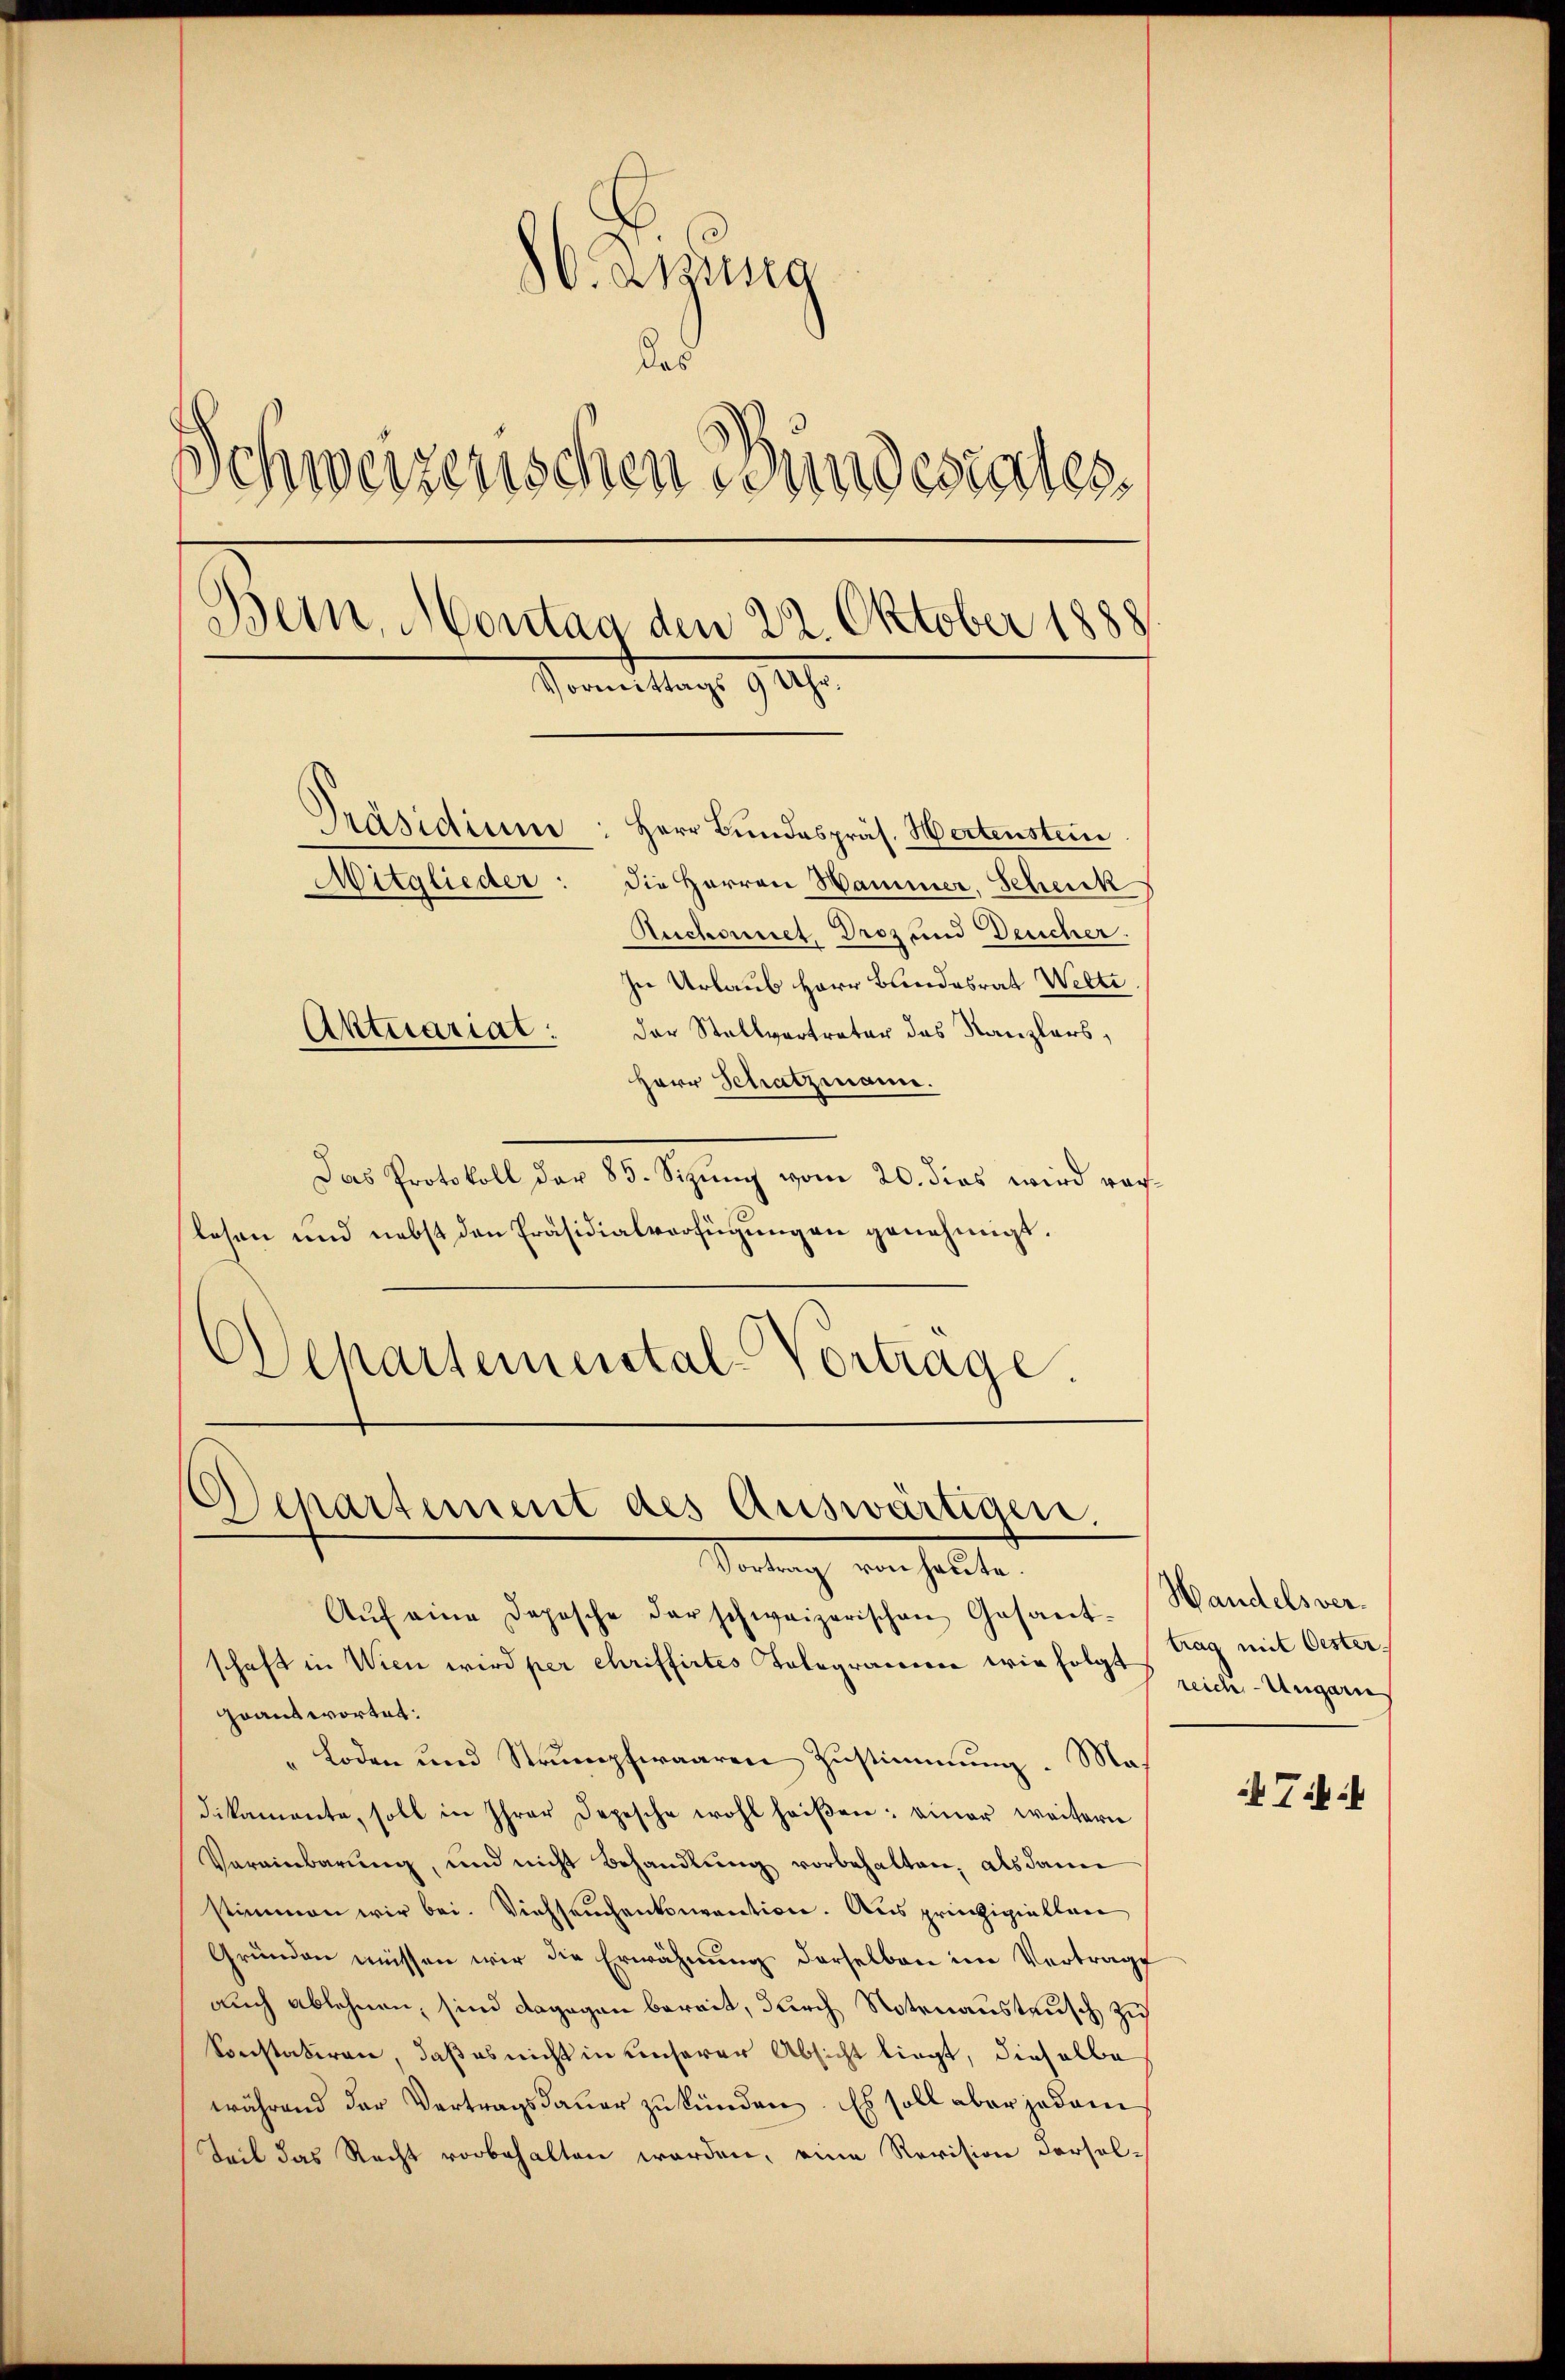
86. Dizung
das
Schwerzenschen Bundesrates.
Bern, Montag den 22. Oktober 1888
Vormittags 9 Uhr.
Präsidium: Herr Bundespräs. Hertenstein
Mitglieder: die Herren Hammer, Schenk
Ruchornet. Droz und Deucher.
In Urlaub Herr Bundesrat Welti.
der Stellvertreter des Kanzlers,
Aktuarial.
Herr Schatzmann.

Das Protokoll der 85. Sizŭng vom 20. dies wird vorlesen und nebst den Präsidialverfügungen genehmigt.
Dchartemental-Vortrage.

Separtement des Auswärtigen.
Vortrag von heute.

Aŭf eine Dopische darschweizerischen Gesant-
schaft in Wien wird per chriffirtes Tologrammen wie folge siche Ungarne
geantwortet:
Loden und Strumpfwaaren Zustimmung. Madikamente, soll in Ihrer Depesche wohl heißen: einer weitern
Vereinbarung, und nicht behandlung vorbehalten, als dane
stimmen wir bei. Viehseuchenkonventione. Aus prinzipiellen
Gründen müssen wir die Erwähnŭng derselben im Vertrage
auch ablehnen, sind dagegen bereit, durch Notenaustausch zu
Sonstatiren, daß es nicht in unserer Absicht liegt, dieselbe
während der Vertragsdauer zukünden. Es soll aber jedem
Teil das Recht vorbehalten werden, eine Revision dersel¬

Handels vertrag mit Oester.

Ti